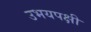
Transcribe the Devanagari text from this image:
उभयपक्षी